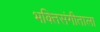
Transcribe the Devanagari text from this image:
भक्तिसंगीताला